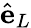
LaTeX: \hat{\mathbf e}_{L}